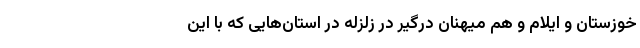
خوزستان و ایلام و هم میهنان درگیر در زلزله در استان‌هایی که با این